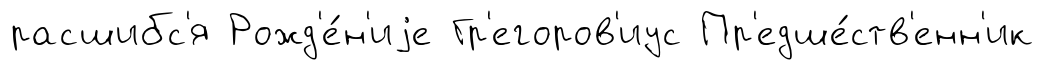
расшибс'я Рожд'е́н'иjе Гр'егоров'иус Пр'едше́ств'енн'ик